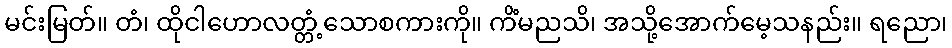
မင်းမြတ်။ တံ၊ ထိုငါဟောလတ္တံ့သောစကားကို။ ကိံမညသိ၊ အသို့အောက်မေ့သနည်း။ ရညော၊